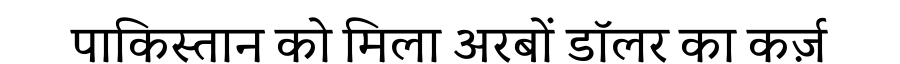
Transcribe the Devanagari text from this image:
पाकिस्तान को मिला अरबों डॉलर का कर्ज़